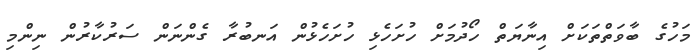
މަހުގެ ބާވަތްތަކަށް އިނާޔަތް ހޯދުމަށް ހުށަހެޅި ހުށަހެޅުން އަނބުރާ ގެންނަން ސަރުކާރުން ނިންމި